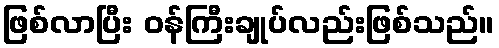
ဖြစ်လာပြီး ဝန်ကြီးချုပ်လည်းဖြစ်သည်။